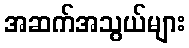
အဆက်အသွယ်များ